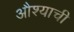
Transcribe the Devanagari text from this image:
औश्याची